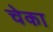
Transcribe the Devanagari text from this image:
चेका